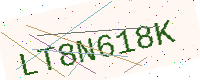
Text: LT8N618K